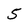
Character: 5